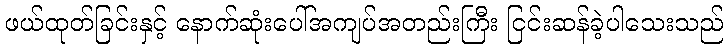
ဖယ်ထုတ်ခြင်းနှင့် နောက်ဆုံးပေါ်အကျပ်အတည်းကြီး ငြင်းဆန်ခဲ့ပါသေးသည်